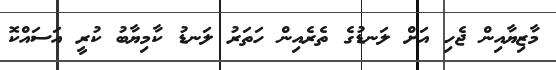
މާޒިޔާއިން ޖެހި އަށް ލަނޑުގެ ތެރެއިން ހަތަރު ލަނޑު ކާމިޔާބު ކުރީ އަސައްކޮ